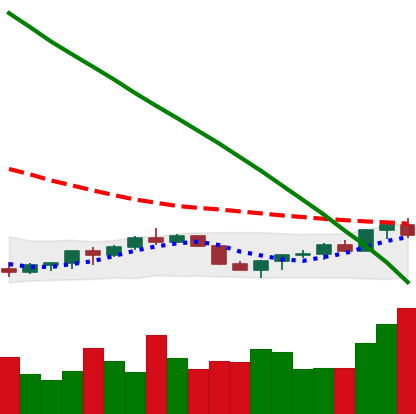
Ticker: EOS-USD
Chart end date: 2022-07-20
Forward return: 6.878%
Label: up_5_7